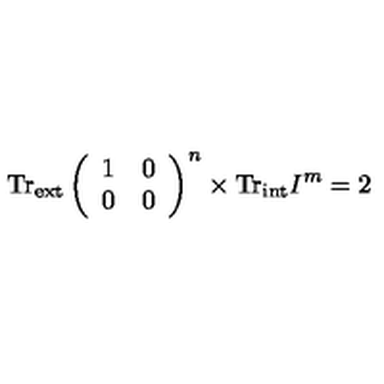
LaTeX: \mathrm { T r } _ { \mathrm { e x t } } \left( \begin{array} { c c } { 1 } & { 0 } \\ { 0 } & { 0 } \\ \end{array} \right) ^ { n } \times \mathrm { T r } _ { \mathrm { i n t } } I ^ { m } = 2